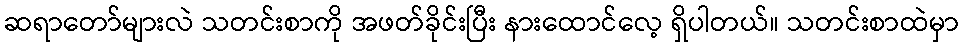
ဆရာတော်များလဲ သတင်းစာကို အဖတ်ခိုင်းပြီး နားထောင်လေ့ ရှိပါတယ်။ သတင်းစာထဲမှာ